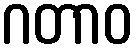
ဂတာဝ